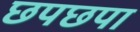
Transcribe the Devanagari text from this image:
छपछपा